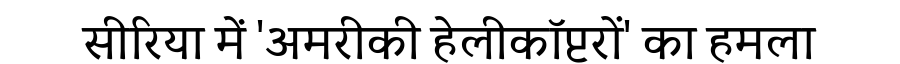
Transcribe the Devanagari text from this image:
सीरिया में 'अमरीकी हेलीकॉप्टरों' का हमला